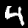
Label: 4